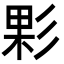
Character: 𢒙